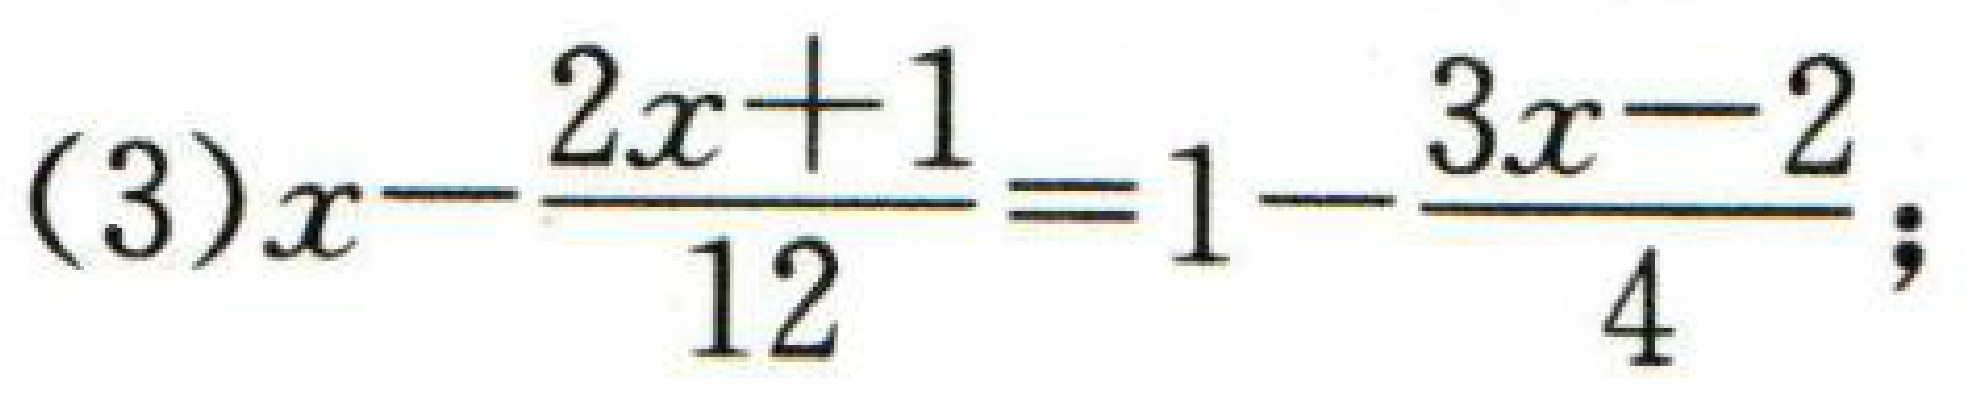
(3)\(x - \dfrac{2x + 1}{12}=1-\dfrac{3x - 2}{4}\);